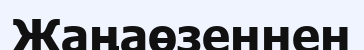
Жаңаөзеннен